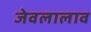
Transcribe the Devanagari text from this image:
जेवलालाव